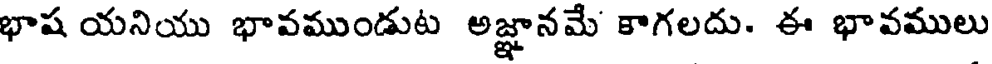
భాష యనియు భావముండుట అజ్ఞానమే కాగలదు. ఈ భావములు